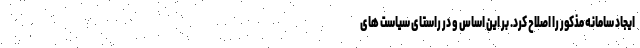
ایجاد سامانه مذکور را اصلاح کرد. بر این اساس و در راستای سیاست های